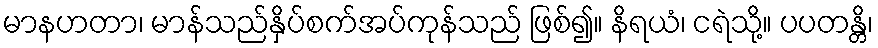
မာနဟတာ၊ မာန်သည်နှိပ်စက်အပ်ကုန်သည် ဖြစ်၍။ နိရယံ၊ ငရဲသို့။ ပပတန္တိ၊